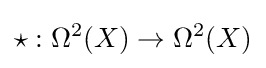
\star :\Omega ^{2}(X)\to \Omega ^{2}(X)